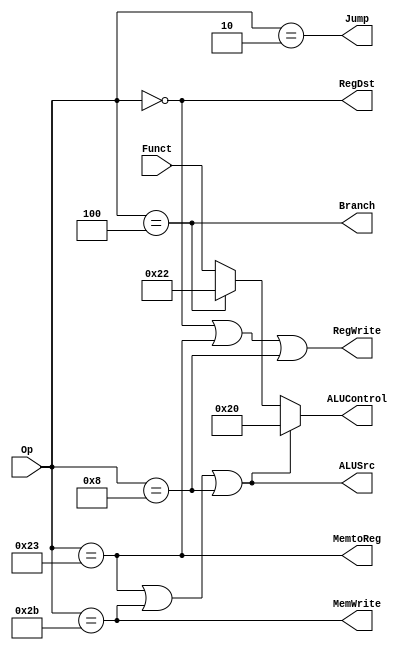
`timescale 1ns / 1ps
//////////////////////////////////////////////////////////////////////////////////
// Company: ETH Zurich
// 
// Design Name: 
// Module Name:    ControlUnit 
// Project Name: 
// Target Devices: 
// Tool versions: 
// Description: 
//
// Dependencies: 
//
// Revision: 
// Revision 0.01 - File Created
// Additional Comments: 
//
//////////////////////////////////////////////////////////////////////////////////
module ControlUnit(
      input  [5:0] Op,
		input  [5:0] Funct,
		output       Jump,
		output       MemtoReg,
		output       MemWrite,
		output       Branch,
		output [5:0] ALUControl,
		output       ALUSrc,
		output       RegDst,
		output       RegWrite
    );
	 
//////////////////////////////////////////////////////////////////////////////////
// DEFINE SOME CONSTANTS to make life easier
localparam [5:0] OP_RTYPE = 6'b000000;  // There is an R-Type of Operation
localparam [5:0] OP_LW    = 6'b100011;  // The Load Word operation
localparam [5:0] OP_SW    = 6'b101011;  // The Store Word operation
localparam [5:0] OP_BEQ   = 6'b000100;  // The Branch on Equal operation
localparam [5:0] OP_ADDI  = 6'b001000;  // The ADDimmediate operation
localparam [5:0] OP_J     = 6'b000010;  // The Jump operation

//////////////////////////////////////////////////////////////////////////////////
// DEFINE THE MAIN CONTROL SIGNALS
// The control signals are mostly based on the table 7.5 on page 379
// Don't care statements have been mapped to '0' in most cases
//
// All signals are handled separately, see alternative for an example


// We will write to registers when OP is Rtype or LW or ADDI 
assign RegWrite = (Op == OP_RTYPE) | (Op == OP_LW) | ( Op == OP_ADDI) ; 	 
// Select the input of the ALU
assign ALUSrc   = (Op == OP_LW) | (Op == OP_SW) | (Op == OP_ADDI) ;

// Simple assignments
assign RegDst   = (Op == OP_RTYPE); // The destination is a register
assign Branch   = (Op == OP_BEQ);   // 1: if there is a branch instruction 
assign MemWrite = (Op == OP_SW);    // 1: for Store Word
assign MemtoReg = (Op == OP_LW);	   // 1: when Load Word
assign Jump     = (Op == OP_J);	   // 1: when Jump

//////////////////////////////////////////////////////////////////////////////////
// THE ALU Controls, these are bit more complex
// 
// The book uses a 2 bit ALU word (page 375) 
// The example here is slightly different

assign ALUControl = ALUSrc ? 6'b100000 :  // if LW, SW or ADDI, perform an ADD
                    Branch ? 6'b100010 :  // if BEQ, perform a SUB
					              Funct;       // per default assume an R-Type and do what Funct says
	 
//////////////////////////////////////////////////////////////////////////////////
// ALTERNATIVE APPROACH
//
// In the code above we chose to generate the signals separately
// For each signal we had a simple function that generated the 
// appropriate logic.

// It is also possible to generate a compound statement as shown 
// below.

// There is less to type, but individual signals are not clearly 
// defined. Which one is better really also depends on how complex
// the signals are 

//  reg [8:0] controls;
//
//  assign {RegWrite, RegDst, AluSrc,
//          Branch, Memwrite,
//          Memtoreg, Jump, aluop} = controls;
//
//  always @( * )
//    case(op)
//      6'b000000: controls <= 9'b110000010; //Rtype
//      6'b100011: controls <= 9'b101001000; //LW
//      6'b101011: controls <= 9'b001010000; //SW
//      6'b000100: controls <= 9'b000100001; //BEQ
//      6'b001000: controls <= 9'b101000000; //ADDI
//      6'b000010: controls <= 9'b000000100; //J
//      default:   controls <= 9'bxxxxxxxxx; //???
//    endcase


//////////////////////////////////////////////////////////////////////////////////
// DISCUSSION
// 
// Generally it is not a very good idea to separate the controller 
// from the datapath as it is done here. The control signals generated
// here are intimately connected with the datapath (usually switching
// multiplexers) and it is much easier to include them in the datapath.
// 
// For teaching purposes, separating the control in an instance makes 
// sense, as it is easier to explain how the signals are generated.
// It also allows for multiple signals generated in a compound way. The
// book uses this way, and we used it this way.
//
// If you need to for example add a new contrtol signal, you need to
// change this instance, modify the interface and then adapt the instantiation
// in the instance where the datapath is. It is simpler (and less error prone)
// if the control signals can be generated within the same instance as the
// datapath. Obviosuly there are exceptions where a separate control instance 
// is much simpler (i.e. very complex signals, multiple datapaths using
// the same controller etc)


endmodule